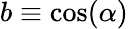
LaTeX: b\equiv\cos(\alpha)